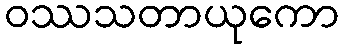
ဝဿသတာယုကော